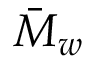
\bar { M } _ { w }